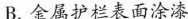
B.金属护栏表面涂漆